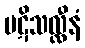
ပဋိသလ္လီနံ